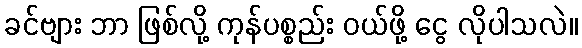
ခင်ဗျား ဘာ ဖြစ်လို့ ကုန်ပစ္စည်း ဝယ်ဖို့ ငွေ လိုပါသလဲ။